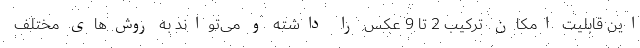
این قابلیت امکان ترکیب 2 تا 9 عکس را داشته و می‌تواند به روش‌های مختلف